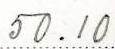
50.10